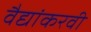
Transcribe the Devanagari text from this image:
वैद्यांकरवी